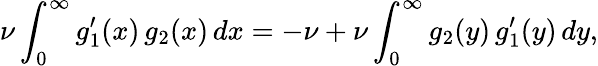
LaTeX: \nu\int_{0}^{\infty}g_{1}^{\prime}(x)\, g_{2}(x)\, dx=-\nu+\nu\int_{0}^{\infty}g_{2}(y)\, g_{1}^{\prime}(y)\, dy,